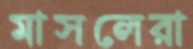
মাসলেরা